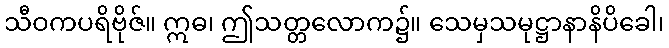
သီဝကပရိဗိုဇ်။ ဣဓ၊ ဤသတ္တလောက၌။ သေမှသမုဋ္ဌာနာနိပိခေါ၊